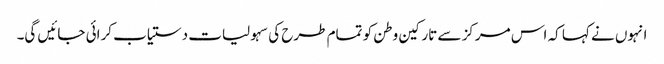
انہوں نے کہا کہ اس مرکز سے تارکین وطن کو تمام طرح کی سہولیات دستیاب کرائی جائیں گی۔